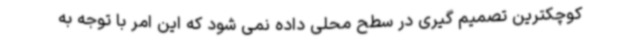
کوچکترین تصمیم گیری در سطح محلی داده نمی شود که این امر با توجه به